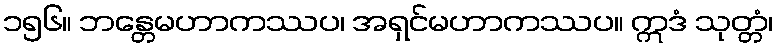
၁၅၆။ ဘန္တေမဟာကဿပ၊ အရှင်မဟာကဿပ။ ဣဒံ သုတ္တံ၊